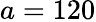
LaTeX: a=120